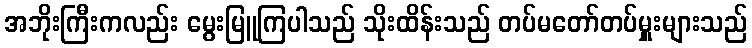
အဘိုးကြီးကလည်း မွေးမြူကြပါသည် သိုးထိန်းသည် တပ်မတော်တပ်မှူးများသည်